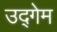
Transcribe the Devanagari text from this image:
उद्गेम